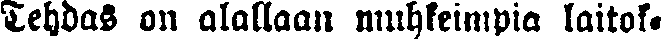
Tehdas on alallaan muhkeimpia laitok-